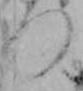
つ